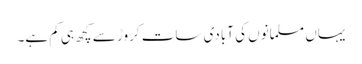
یہاں مسلمانوں کی آبادی سات کروڑ سے کچھ ہی کم ہے۔